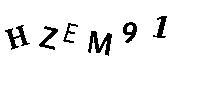
HZEM91